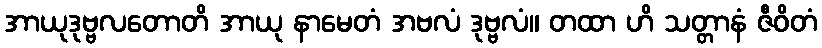
အာယုဒုဗ္ဗလတောတိ အာယု နာမေတံ အဗလံ ဒုဗ္ဗလံ။ တထာ ဟိ သတ္တာနံ ဇီဝိတံ